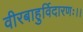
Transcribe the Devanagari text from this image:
वीरबाहुर्विदारणः।।